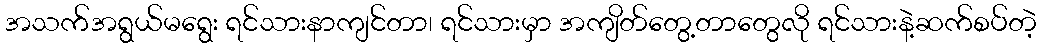
အသက်အရွယ်မရွေး ရင်သားနာကျင်တာ၊ ရင်သားမှာ အကျိတ်တွေ့တာတွေလို ရင်သားနဲ့ဆက်စပ်တဲ့